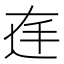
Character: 𱍓